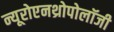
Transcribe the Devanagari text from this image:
न्यूरोएनथ्रोपोलॉजी